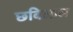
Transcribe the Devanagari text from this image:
छबिलाल